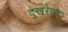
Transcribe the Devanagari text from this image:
दुखरेपणा